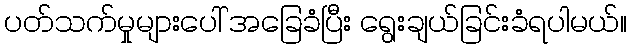
ပတ်သက်မှုများပေါ် အခြေခံပြီး ရွေးချယ်ခြင်းခံရပါမယ်။